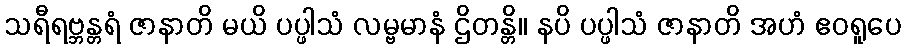
သရီရဗ္ဘန္တရံ ဇာနာတိ မယိ ပပ္ဖါသံ လမ္ဗမာနံ ဌိတန္တိ။ နပိ ပပ္ဖါသံ ဇာနာတိ အဟံ ဧဝရူပေ